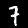
Label: 7